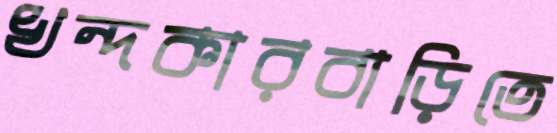
খন্দকারবাড়িতে